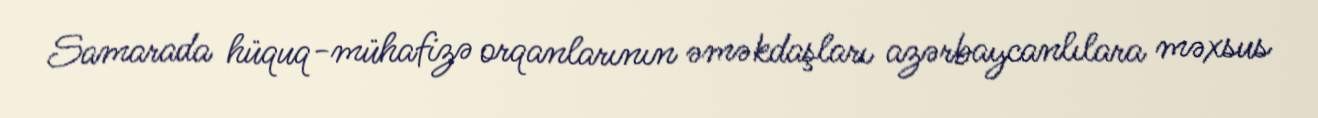
Samarada hüquq-mühafizə orqanlarının əməkdaşları azərbaycanlılara məxsus